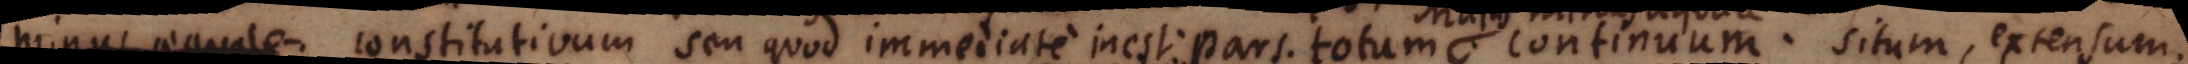
Congruum. constitutivum seu quod immediate inest. Pars. totum., continuum. situm, extensum